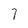
Character: 7